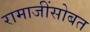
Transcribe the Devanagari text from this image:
रामाजींसोबत